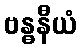
ဗန္ဓနီယံ